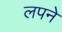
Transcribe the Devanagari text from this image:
लपने